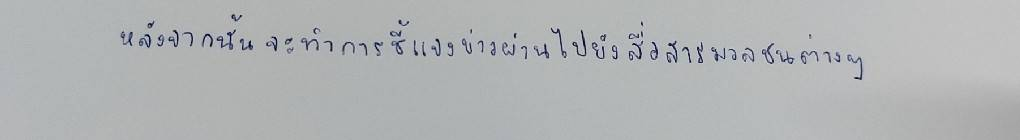
หลังจากนั้นจะทำการชี้แจงข่าวผ่านไปยังสื่อสารมวลชนต่างๆ